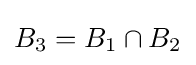
B_{3}=B_{1}\cap B_{2}